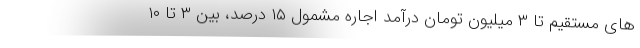
های مستقیم تا ۳ میلیون تومان درآمد اجاره مشمول ۱۵ درصد، بین ۳ تا ۱۰